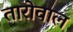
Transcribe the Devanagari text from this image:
तारोवाल